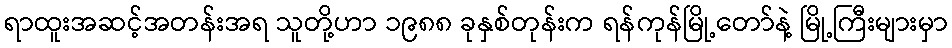
ရာထူးအဆင့်အတန်းအရ သူတို့ဟာ ၁၉၈၈ ခုနှစ်တုန်းက ရန်ကုန်မြို့တော်နဲ့ မြို့ကြီးများမှာ